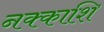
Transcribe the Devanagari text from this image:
नक्काशि